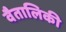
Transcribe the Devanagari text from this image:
वैतालिकी